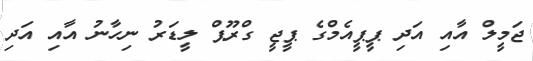
ޖަމީލް އާއި އަދި ޕީޕީއެމްގެ ޕީޖީ ގްރޫޕް ލީޑަރު ނިހާނު އާއި އަދި